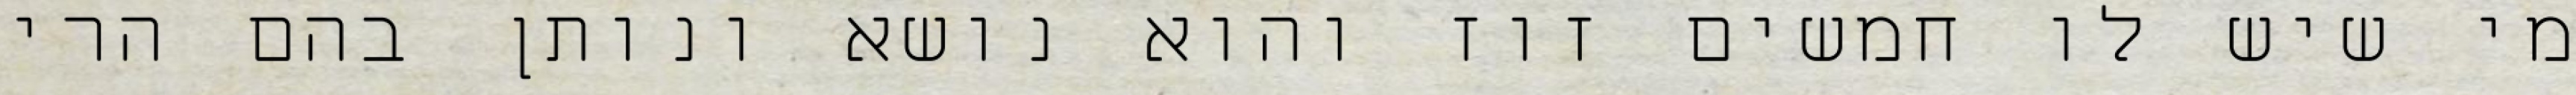
מי שיש לו חמשים זוז והוא נושא ונותן בהם הרי